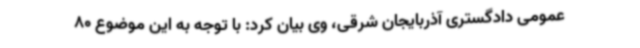
عمومی دادگستری آذربایجان شرقی، وی بیان کرد: با توجه به این موضوع 80